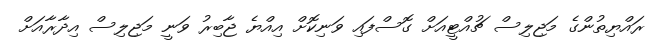
ރައްޔިތުންގެ މަޖިލިސް ޗުއްޓީއަށް ގޮސްފައި ވަނިކޮށް އިއްޔެ ޖާބިރު ވަނީ މަޖިލިސް އިދާރާއަށް